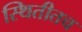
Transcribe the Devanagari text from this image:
स्थितीतच